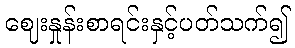
ဈေးနှုန်းစာရင်းနှင့်ပတ်သက်၍